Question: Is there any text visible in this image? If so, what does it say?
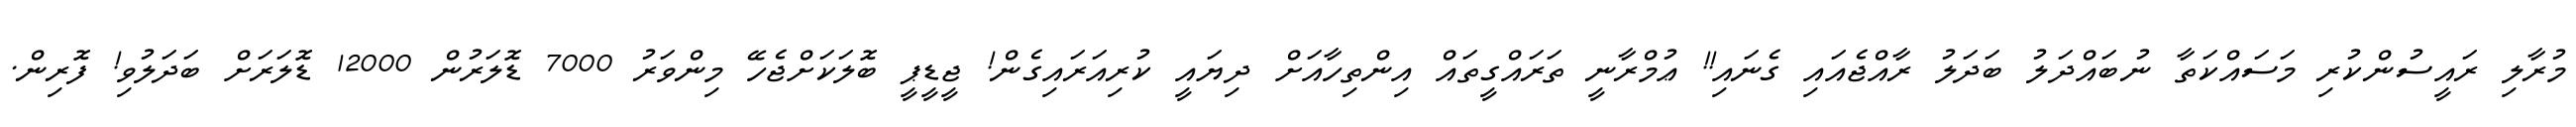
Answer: މުރާލި ރައީސުންކުރި މަސައްކަތާ ނުބައްދަލު ބަދަލު ރާއްޖެއައި ގެނައި!! ޢުމްރާނީ ތަރައްގީތައް އިންތިހާއަށް ދިޔައީ ކުރިއަރައިގެން! ޖީޑީޕީ ބޮލަކަށްޖެހޭ މިންވަރު 7000 ޑޮލަރުން 12000 ޑޮލަރަށް ބަދަލުވި! ފޮރިން.